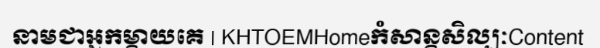
នាមជាអ្នកម្តាយគេ | KHTOEMHomeកំសាន្តសិល្បៈContent